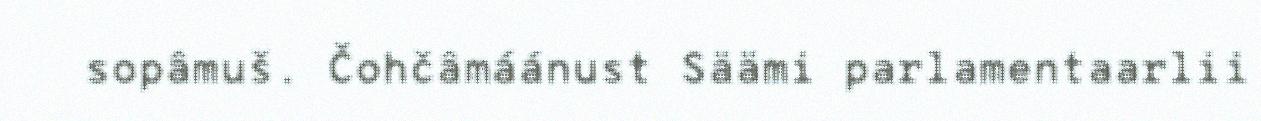
sopâmuš. Čohčâmáánust Säämi parlamentaarlii